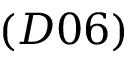
( D 0 6 )